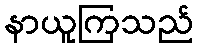
နာယူကြသည်